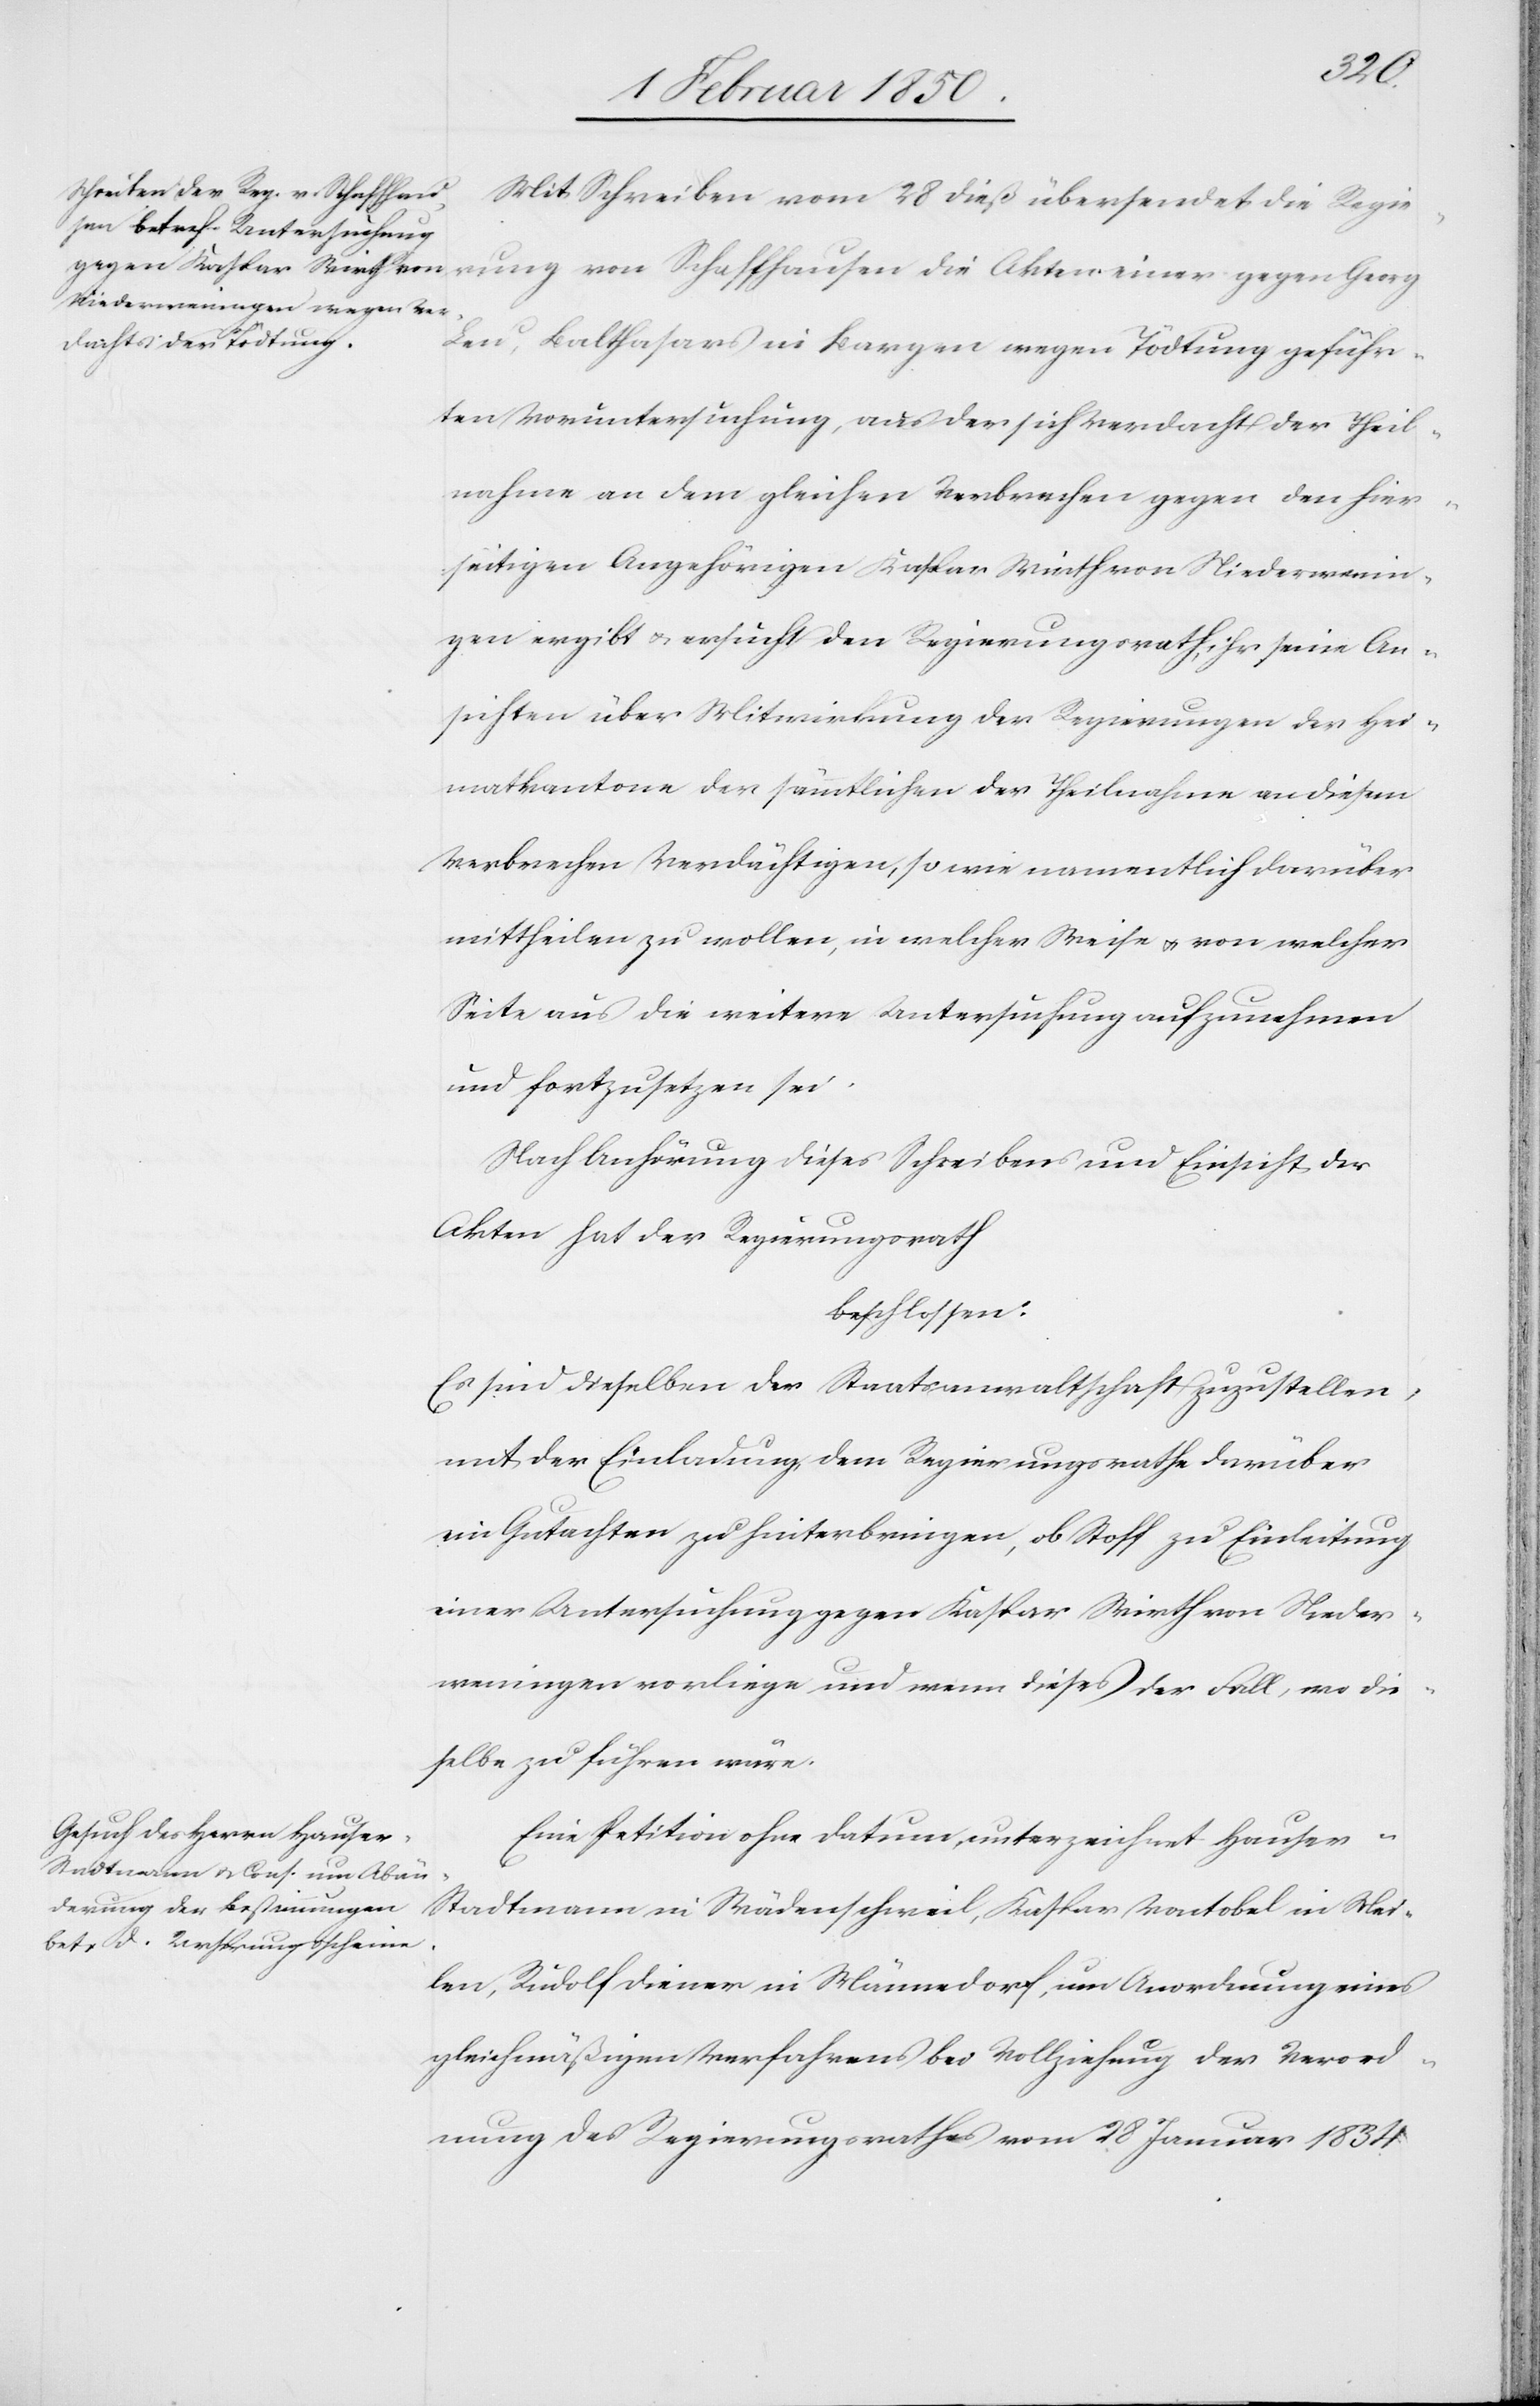
Mit Schreiben vom 28 dieß übersendet die Regie¬
rung von Schaffhausen die Akten einer gegen Georg
Leu, Balthasars in Bargen wegen Tödtung geführ¬
ten Voruntersuchung, aus der sich Verdacht der Theil¬
nahme an dem gleichen Verbrechen gegen den hier¬
seitigen Angehörigen Kaspar Wirth von Niederwenin¬
gen ergibt u. ersucht den Regierungsrath, ihr seine An¬
sichten über Mitwirkung der Regierungen der Hei¬
matkantone der sämmtlichen der Theilnahme an diesem
Verbrechen Verdächtigen, so wie namentlich darüber
mittheilen zu wollen, in welcher Weise u. von welcher
Seite aus die weitere Untersuchung aufzunehmen
und fortzusetzen sei.
Nach Anhörung dieses Schreibens und Einsicht der
Akten hat der Regierungsrath
beschlossen:
Es sind dieselben der Staatsanwaltschaft zuzustellen,
mit der Einladung dem Regierungsrathe darüber
ein Gutachten zu hinterbringen, ob Stoff zu Einleitung
einer Untersuchung gegen Kaspar Wirth von Nieder¬
weningen vorliege und wenn dieses der Fall, wo die¬
selbe zu führen wäre.
Eine Petition ohne Datum, unterzeichnet Hauser-S¬
tadtmann in Wädenschweil, Kaspar Vontobel in Mei¬
len, Rudolf Diener in Männedorf, um Anordnung eines
gleichmäßigen Verfahrens bei Vollziehung der Verord¬
nung des Regierungsrathes vom 28 Januar 1834.